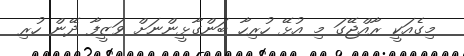
މިގެއަކީ ރާއްޖޭގަ މި އުޅޭ ހުރިހާ ބަންގާޅީންނަށް ވަޒީފާ ދޭން ހުރި